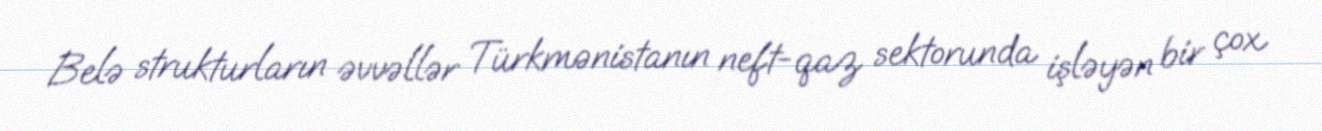
Belə strukturların əvvəllər Türkmənistanın neft-qaz sektorunda işləyən bir çox